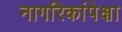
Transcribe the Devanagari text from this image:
नागरिकांपेक्षा